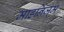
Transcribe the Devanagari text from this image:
माडर्निज़्म